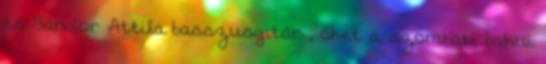
és Sándor Attila basszusgitár , őket a szombati bakui